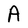
Character: A